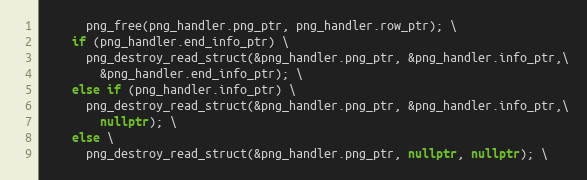
Language: C++
      png_free(png_handler.png_ptr, png_handler.row_ptr); \
    if (png_handler.end_info_ptr) \
      png_destroy_read_struct(&png_handler.png_ptr, &png_handler.info_ptr,\
        &png_handler.end_info_ptr); \
    else if (png_handler.info_ptr) \
      png_destroy_read_struct(&png_handler.png_ptr, &png_handler.info_ptr,\
        nullptr); \
    else \
      png_destroy_read_struct(&png_handler.png_ptr, nullptr, nullptr); \